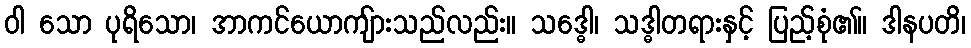
ဝါ သော ပုရိသော၊ အာကင်ယောကျ်ားသည်လည်း။ သဒ္ဓေါ၊ သဒ္ဓါတရားနှင့် ပြည့်စုံ၏။ ဒါနပတိ၊